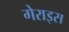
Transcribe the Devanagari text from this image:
गेराइस